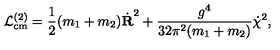
{ \cal L } _ { \mathrm { c m } } ^ { ( 2 ) } = \frac { 1 } { 2 } ( m _ { 1 } + m _ { 2 } ) \dot { { \bf R } } ^ { 2 } + \frac { g ^ { 4 } } { 3 2 \pi ^ { 2 } ( m _ { 1 } + m _ { 2 } ) } \dot { \chi } ^ { 2 } ,